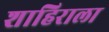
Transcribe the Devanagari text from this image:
शाहिराला